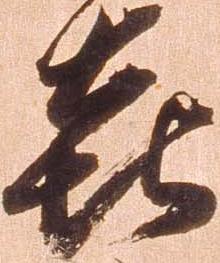
喜